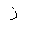
Letter: _zay